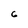
Character: 6